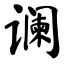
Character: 谰